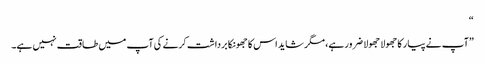
“
”آپ نے پیار کا جھولا جھولا ضرور ہے، مگر شاید اس کا جھونکا برداشت کرنے کی آپ میں طاقت نہیں ہے۔